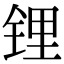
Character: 锂